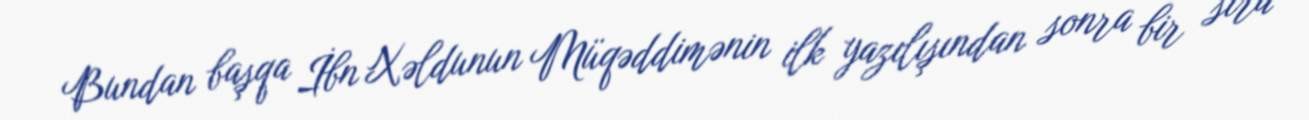
Bundan başqa İbn Xəldunun Müqəddimənin ilk yazılışından sonra bir sıra